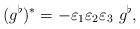
LaTeX: \begin{align*} (g^\flat)^* = - \varepsilon_1\varepsilon_2\varepsilon_3\ g^\flat,\end{align*}